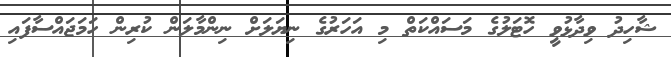
ޝާހިދު ވިދާޅުވީ ހޮޓަލުގެ މަސައްކަތް މި އަހަރުގެ ނިޔަލަށް ނިންމާލަން ކުރިން ހަމަޖައްސާފައި